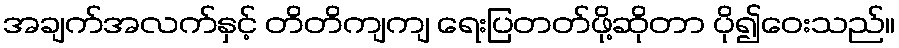
အချက်အလက်နှင့် တိတိကျကျ ရေးပြတတ်ဖို့ဆိုတာ ပို၍ဝေးသည်။